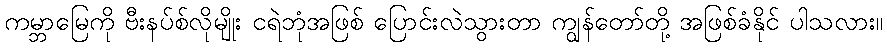
ကမ္ဘာမြေကို ဗီးနပ်စ်လိုမျိုး ငရဲဘုံအဖြစ် ပြောင်းလဲသွားတာ ကျွန်တော်တို့ အဖြစ်ခံနိုင် ပါသလား။